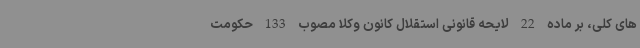
های کلی، بر ماده 22 لایحه قانونی استقلال کانون وکلا مصوب 133 حکومت